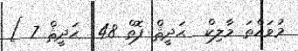
މުވައްތަ މާލިކް  ޙަދީޘް ފޮތް 48  ޙަދީޘް 7 ]